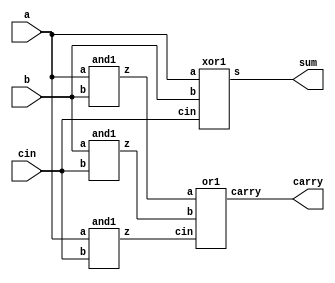

module FullAdderStructural(
    input a,b,cin,
    output sum,carry
    );
	 wire p,q,r;
xor1 x1(a,b,cin,sum);
and1 a1(a,b,p);
and1 a2(b,cin,q);
and1 a3(a,cin,r);
or1 o1(p,q,r,carry);

endmodule

module xor1(input a,b,cin,output s);
assign s= a^b^cin;
endmodule

module and1(input a,b,output z);
assign z= a&b;
endmodule

module or1(input a,b,cin,output carry);
assign carry= a|b|cin;
endmodule

module tb_fa_structural;

    reg a, b, cin;
    wire sum, carry;

    FullAdderStructural HA1 (.a(a), .b(b), .cin(cin), .sum(sum), .carry(carry));

    initial begin
        a = 0;b = 0;cin = 0;
        #100;
	a = 0;b = 0;cin = 1;
        #100;
        a = 0;b = 1;cin = 0;
        #100;
        a = 0;b = 1;cin = 1;
        #100;
        a = 1;b = 0;cin = 0;
        #100;
        a = 1;b = 0;cin = 1;
        #100;
        a = 1;b = 1;cin = 0;
        #100;
        a = 1;b = 1;cin = 1;
        #100;

     end  

endmodule